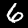
Digit: 6